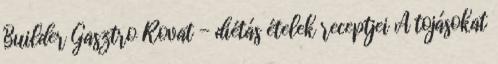
Builder Gasztro Rovat - diétás ételek receptjei A tojásokat